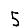
Digit: 5